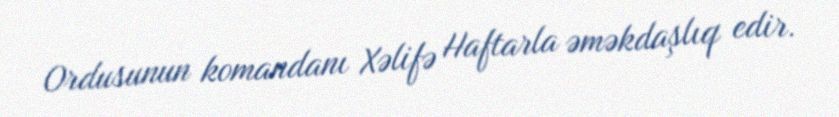
Ordusunun komandanı Xəlifə Haftarla əməkdaşlıq edir.